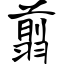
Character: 翦